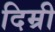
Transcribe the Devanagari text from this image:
दिम्री